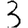
Digit: 3